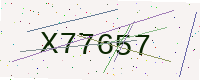
Text: X77657